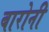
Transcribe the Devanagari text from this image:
बारोनी